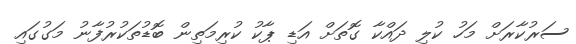
ސަރުކާރަށް މަހު ކުލި ދައްކާ ގޮތަށް އަޑި ޕާކު ކުރިމަތިން ބޮޑުތަކުރުފާނު މަގުގައި